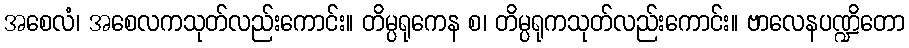
အစေလံ၊ အစေလကသုတ်လည်းကောင်း။ တိမ္ပရုကေန စ၊ တိမ္ပရုကသုတ်လည်းကောင်း။ ဗာလေနပဏ္ဍိတော